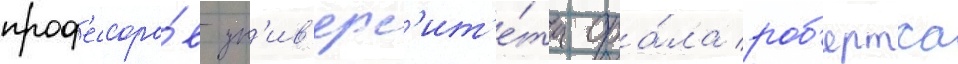
проф'ессоро́в ун'ив'ерс'ит'е́та ора́ла роб'ертса